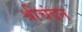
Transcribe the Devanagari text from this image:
श्रीचंदन